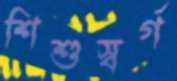
শিশুস্বর্গ